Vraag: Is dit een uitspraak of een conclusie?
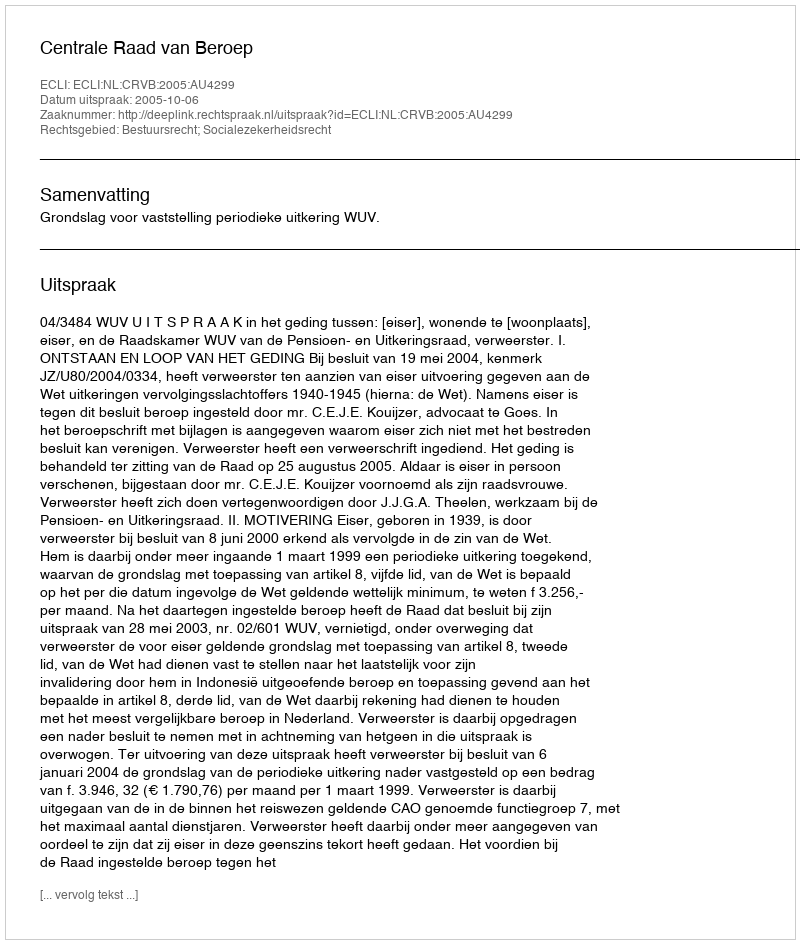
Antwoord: Uitspraak